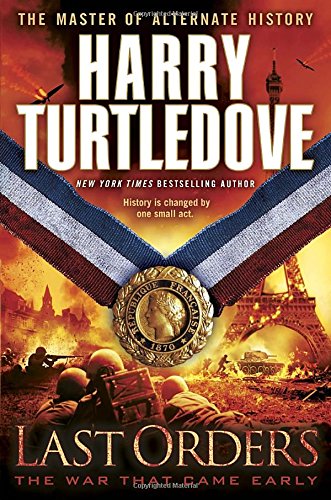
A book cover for Last Orders (The War That Came Early, Book Six); Harry Turtledove; Science Fiction & Fantasy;